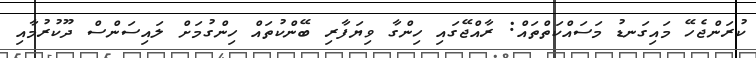
ކުރަންޖެހޭ މައިގަނޑު މަސައްކަތްތައް: ރާއްޖޭގައި ހިންގާ ވިޔަފާރި ބޭންކުތައް ހިންގުމަށް ލައިސަންސް ދޫކުރުމާއި